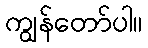
ကျွန်တော်ပါ။